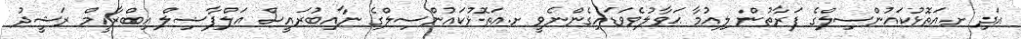
އަދި ށ.އަތޮޅުކައުންސިލްގެ ފަރާތުން ލިއުމާ ޙަވާލުވެވަޑައިގެންނެވީ ށ.އަތޮޅުކައުންސިލްގެ ނާއިބުރައީސް އަލްފާޟިލް އިބްރާހީމް ރަޝީދު